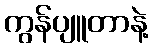
ကွန်ပျူတာနဲ့